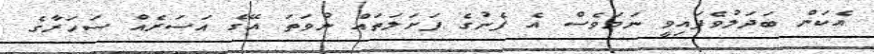
އެކަން ބަދަލުވެފައިވީ ނަމަވެސް އެ ފެނުގެ ފަށަލަތައް ނުވަތަ އޭގެ އަސަރެއް ސަހަރާގެ